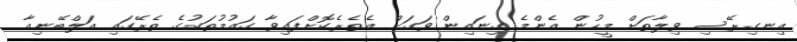
އިނގިރޭސި ވިލާތަށް މީހުން އެންމެ ގިނައިން ވަގަށް އެތެރެކޮށްފައިވާ ގައުމުތަކުގެ ތެރޭގައި އަލްބޭނިއާ